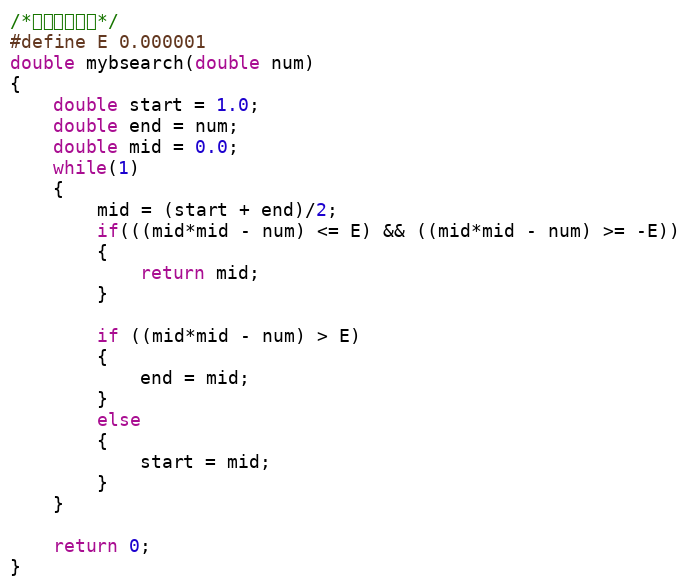
Language: C
/*求解精度设置*/
#define E 0.000001
double mybsearch(double num)
{
	double start = 1.0;
	double end = num;
    double mid = 0.0;
	while(1)
	{
	    mid = (start + end)/2;
        if(((mid*mid - num) <= E) && ((mid*mid - num) >= -E))
		{
			return mid;
		}

		if ((mid*mid - num) > E)
		{
			end = mid;
		}
		else
		{
			start = mid;
		}
 	}

	return 0;
}